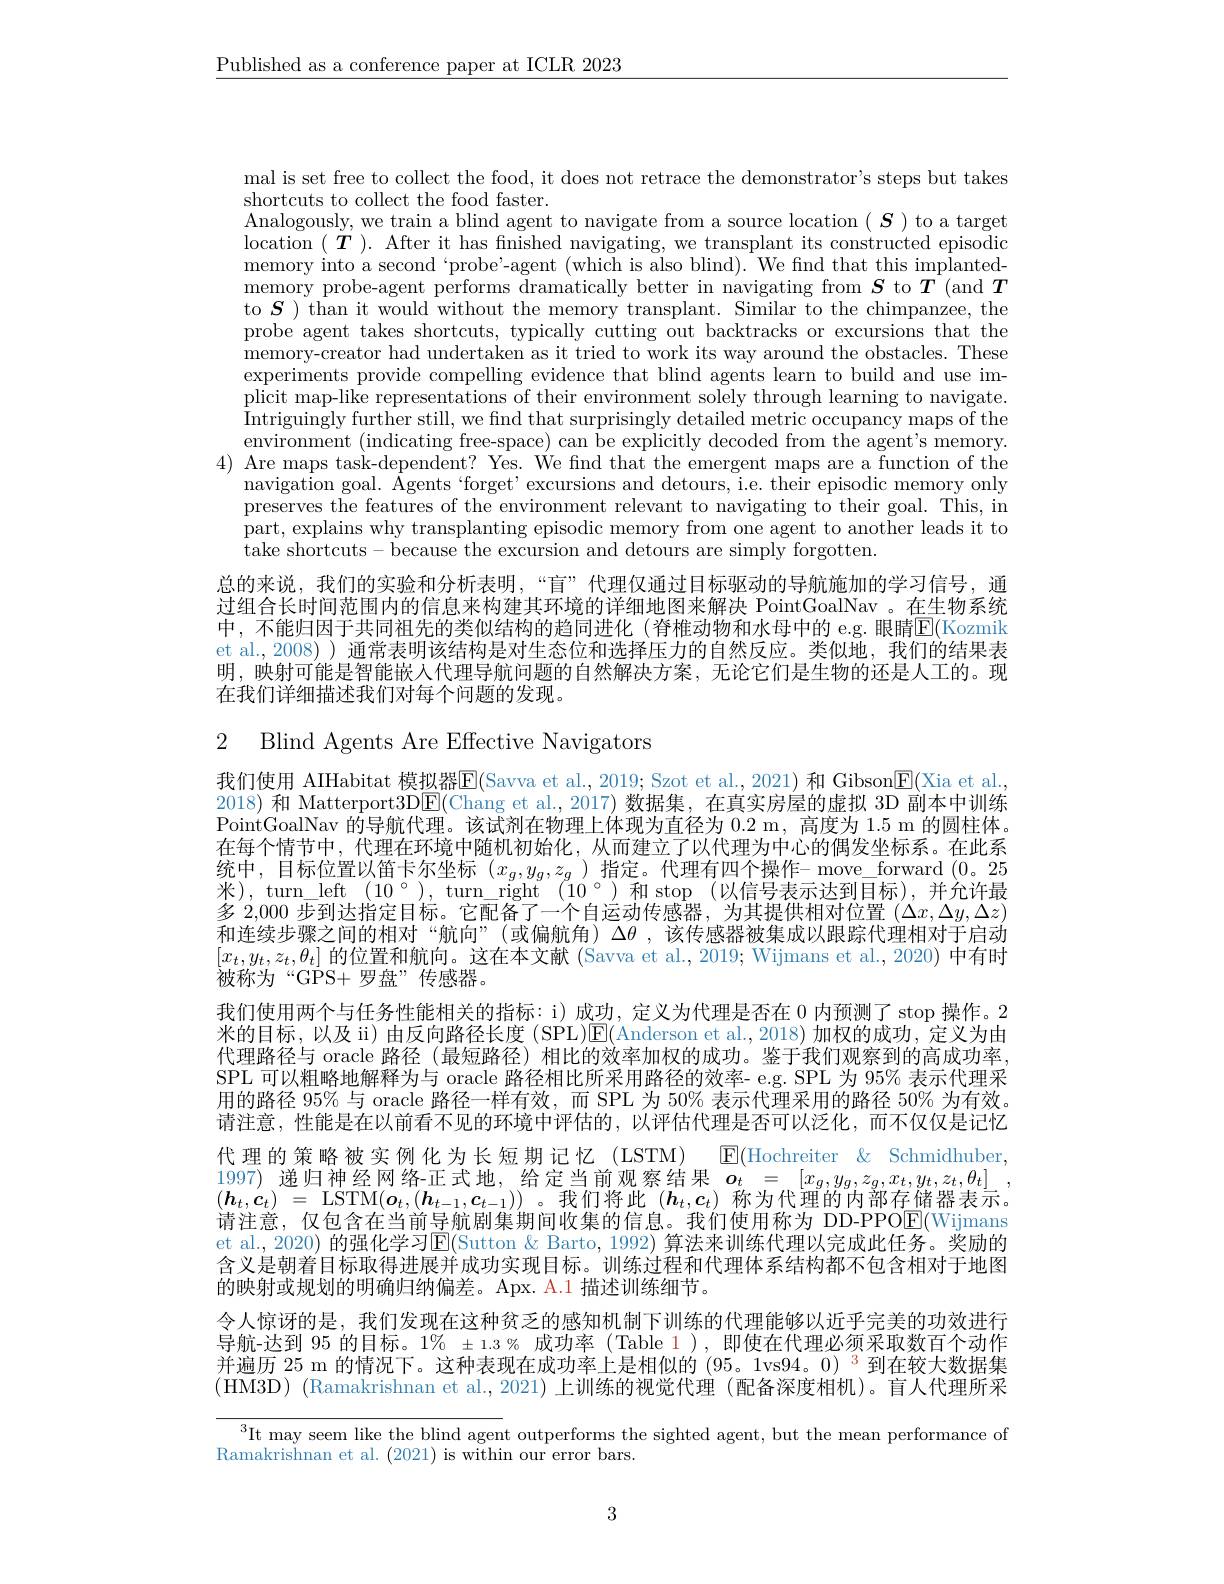
$\underline{\text{Published as a conference paper at ICLR 2023}}$

mal is set free to collect the food, it does not retrace the demonstrator's steps but takes
shortcuts to collect the food faster.
Analogously, we train a blind agent to navigate from a source location $(\boldsymbol{S})$ to a target $\begin{array}{l}{\mathrm{location~(~T~).~After~it~has~finished~navigating,~we~transplant~its~constructed~episodic}}\\{\mathrm{memory~into~a~second~}`\mathrm{probe'-agent~(which~is~also~blind).~We~find~that~this~implanted-}}\end{array}$ memory probe-agent performs dramatically better in navigating from $S$ to $T$ (and $T$ to $S$ ) than it would without the memory transplant. Similar to the chimpanzee, the probe'agent takes shortcuts, typically cutting out backtracks or excursions that the memory-creator had undertaken as it tried to work its way around the obstacles. These experiments provide compelling evidence that blind agents learn to build and use implicit map-like representations of their environment solely through learning to navigate. Intriguingly further still, we find that surprisingly detailed metric occupancy maps of the environment (indicating free-space) can be explicitly decoded from the agent's memory.
4) Are maps task-dependent? Yes. We find that the emergent maps are a function of the
navigation goal. Agents‘forget’excursions and detours, i.e. their episodic memory only preserves the features of the environment relevant to navigating to their goal. This, in part, explains why transplanting episodic memory from one agent to another leads it to $\dot{\text{take shortcuts-because the excursion and detours are simply forgotten.}}$
总的来说，我们的实验和分析表明，“盲”代理仅通过目标驱动的导航施加的学习信号，通过组合长时间范围内的信息来构建其环境的详细地图来解决 PointGoalNav 。在生物系统中，不能归因于共同祖先的类似结构的趋同进化(脊椎动物和水母中的 e.g. 眼睛$\boxed{\mathrm{E}}($Kozmik et al.,2008) ) 通常表明该结构是对生态位和选择压力的自然反应。类似地，我们的结果表明，映射可能是智能嵌人代理导航问题的自然解决方案，无论它们是生物的还是人工的。现在我们详细描述我们对每个问题的发现。

2 Blind Agents Are Effective Navigators

我们使用 AIHabitat 模拟器E(Savva et al., 2019; Szot et al., 2021) 和 Gibson$\overline \mathbb{E}($Xia et al. 2018) 和 Matterport3DE(Chang et al.,2017)数据集，在真实房屋的虚拟 3D 副本中训练$\dot{\text{PointGoalNav 的导航代理。该试剂在物理上体现为直径为 }0.2}$ m,高度为 1.5 m 的圆柱体。在每个情节中，代理在环境中随机初始化，从而建立了以代理为中心的偶发坐标系。在此系统中，目标位置以笛卡尔坐标$(x_g,y_g,z_g)$指定。代理有四个操作- move\_forward (0。25米),turn$\_left(10°),turn\_right(10°)和stop(以信号表示达到目标),并允许最$ 多 2,000 步到达指定目标。它配备了一个自运动传感器，为其提供相对位置$(\Delta x,\Delta y,\Delta z)$ 和连续步骤之间的相对“航向”(或偏航角) $\Delta\theta$ ,该传感器被集成以跟踪代理相对于启动$[x_t,y_t,z_t,\theta_t]$的位置和航向。这在本文献 (Savva et al., 2019; Wijmans et al., 2020) 中有时被称为“GPS+罗盘”传感器。
我们使用两个与任务性能相关的指标：i)成功，定义为代理是否在 0 内预测了 stop 操作。2米的目标，以及 ii) 由反向路径长度 (SPL)E(Anderson et al.,2018)加权的成功，定义为由代理路径与 oracle 路径 (最短路径)相比的效率加权的成功。鉴于我们观察到的高成功率， SPL 可以粗略地解释为与 oracle 路径相比所采用路径的效率- e.g. SPL 为 95% 表示代理采用的路径 95% 与 oracle 路径一样有效，而 SPL 为 50% 表示代理采用的路径 50% 为有效。请注意，性能是在以前看不见的环境中评估的，以评估代理是否可以泛化，而不仅仅是记忆代理的策略被实例化为长短期记忆(LSTM) $\mathbb{E}($Hochreiter &Schmidhuber $\begin{array}{ll}1997)&\text{递归神经网络正式地，给定当前观察结果}&\boldsymbol{o}_{t}&=&[x_{g},y_{g},z_{g},x_{t},y_{t},z_{t},\theta_{t}]\\(\boldsymbol{h}_{t},\boldsymbol{c}_{t})&=&\mathrm{LSTM}(\boldsymbol{o}_{t},(\boldsymbol{h}_{t-1},\boldsymbol{c}_{t-1}))&\text{。我们将此}&(\boldsymbol{h}_{t},\boldsymbol{c}_{t})&\text{称为代理的内部存储器表示。}\end{array}$ 请注意，仅包含在当前导航剧集期间收集的信息。我们使用称为 DD-PPO$\overline{\mathrm{E}}($Wijmans et al., 2020) 的强化学习$\operatorname{E}($Sutton & Barto, 1992) 算法来训练代理以完成此任务。奖励的含义是朝着日标取得进展并成功实现目标。训练过程和代理体系结构都不包含相对于地图的映射或规划的明确归纳偏差。Apx. A.1 描述训练细节。
令人惊讶的是，我们发现在这种贫乏的感知机制下训练的代理能够以近乎完美的功效进行导航-达到 95 的目标。1% ±1.3% 成功率 (Table 1),即使在代理必须采取数百个动作并遍历 25 m 的情况下。这种表现在成功率上是相似的 (95。1vs94。0) $^{\color{red}3}$到在较大数据集(HM3D) (Ramakrishnan et al.,2021) 上训练的视觉代理 (配备深度相机)。盲人代理所采

$^{3}$It may seem like the blind agent outperforms the sighted agent, but the mean performance of
Ramakrishnan et al. (2021) is within our error bars.

3